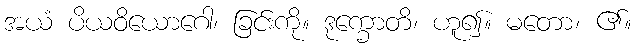
အယံ ပိယဝိယောဂေါ၊ ခြင်းကို။ ဒုက္ခောတိ၊ ဟူ၍။ မတော၊ ၏။